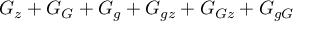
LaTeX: G _ { z } + G _ { G } + G _ { g } + G _ { g z } + G _ { G z } + G _ { g G }